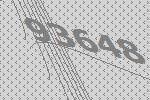
93648